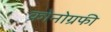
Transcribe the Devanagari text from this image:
क्रोनोग्रफी